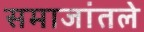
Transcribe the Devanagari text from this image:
समाजांतले